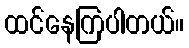
ထင်နေကြပါတယ်။